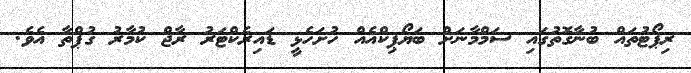
ރިޕޯޓުތައް ބުނާގޮތުގައި ސަމްމާނަށް ބަޔޯޕިކްއެއް ހުށަހެޅީ ޑައިރެކްޓަރު ރާޖް ކުމާރު ގުޕްތާ އެވެ.